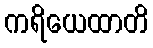
ကရိယေထာတိ